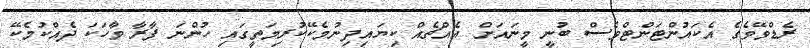
ރެޑްވޭވެގެ އެކައުންޓަންޓްވެސް ބުނީ މީނައަށް އެއްޗެއް ކިޔައިދިނުމެކޭކުރިމަތީގައި ހުންނަ ފާރާ ވާހަކަ ދެއްކުމެކޭ